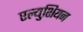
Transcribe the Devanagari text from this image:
एल्युशियन